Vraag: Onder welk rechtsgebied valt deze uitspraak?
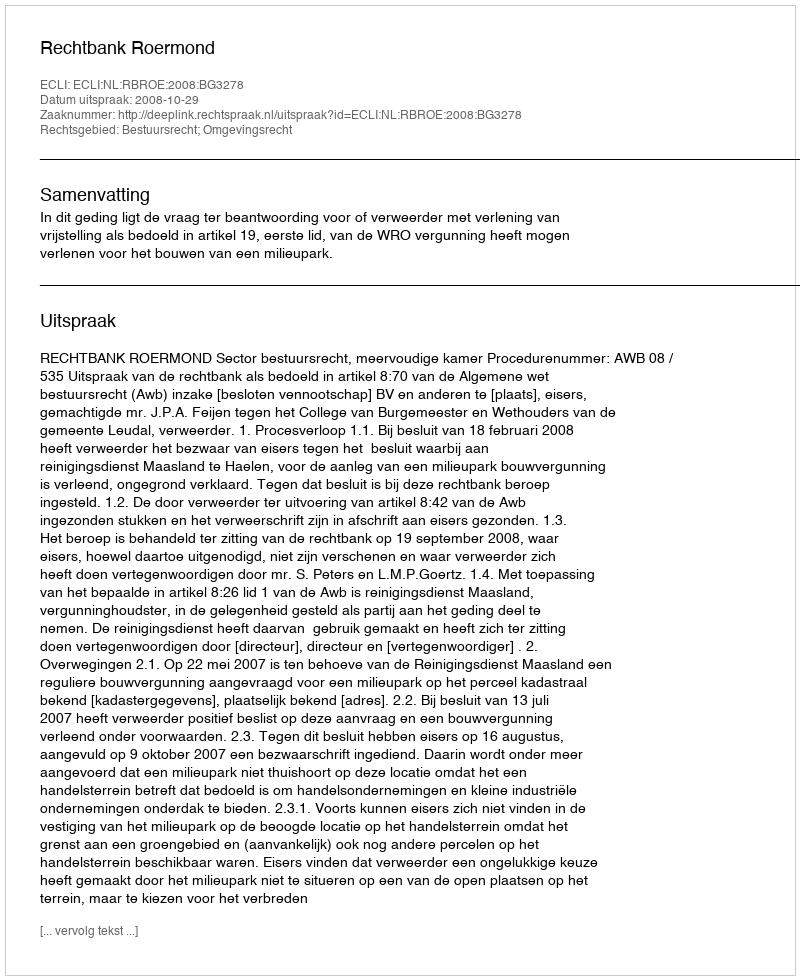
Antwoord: Bestuursrecht; Omgevingsrecht